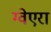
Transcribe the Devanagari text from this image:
ग्वेएरा